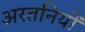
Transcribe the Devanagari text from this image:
अस्तनियों